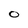
Character: 0